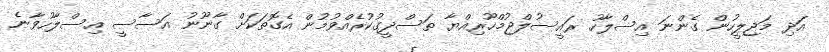
އަދި މަޖިލީހުން ގެންނަ އިސްލާހު ރައީސުލްޖުމްހޫރިއްޔާ ތަސްދީގުކުރެއްވުމުން އެގޮތަކަށް ގާނޫނު އަސާސީ އިސްލާހުވާނެ